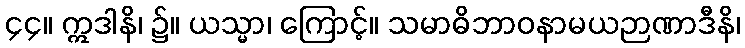
၄၄။ ဣဒါနိ၊ ၌။ ယသ္မာ၊ ကြောင့်။ သမာဓိဘာဝနာမယဉာဏာဒီနိ၊